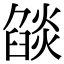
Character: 燄